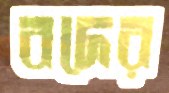
বদের